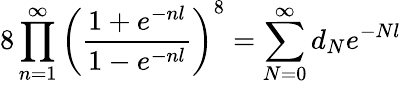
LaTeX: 8\prod_{n=1}^{\infty}\left(\frac{1+e^{-nl}}{1-e^{-nl}}\right)^{8}=\sum_{N=0}^{\infty}d_{N}e^{-Nl}